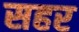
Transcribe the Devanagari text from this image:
सहर